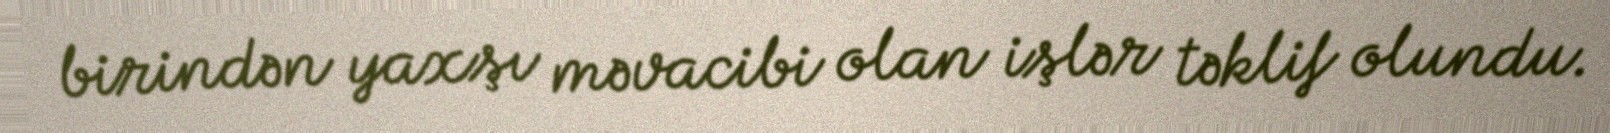
birindən yaxşı məvacibi olan işlər təklif olundu.